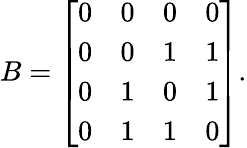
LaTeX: B=\left[\begin{array}{cccc}{{0}}&{{0}}&{{0}}&{{0}}\\ {{0}}&{{0}}&{{1}}&{{1}}\\ {{0}}&{{1}}&{{0}}&{{1}}\\ {{0}}&{{1}}&{{1}}&{{0}}\end{array}\right].